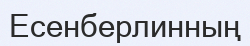
Есенберлинның